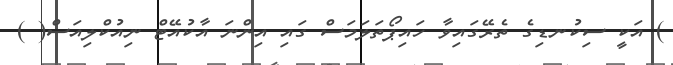
) އަކީ ސިކުނޑިގެ ތެރޭގައިވާ ހައިޕޯތަލަމަސް ގައި އިންނަ އާކުއޭޓް ނިއުކްލިއަސް( )